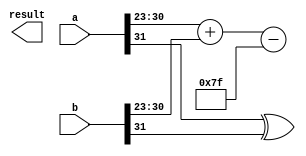
module fp_wallace_tree_multiplier (
    input [31:0] a, // First floating-point number
    input [31:0] b, // Second floating-point number
    output reg [31:0] result // Resulting floating-point number
);

    // Extract components from the floating-point numbers
    wire sign_a = a[31];
    wire sign_b = b[31];
    wire [7:0] exp_a = a[30:23];
    wire [7:0] exp_b = b[30:23];
    wire [22:0] frac_a = a[22:0];
    wire [22:0] frac_b = b[22:0];

    // Sign calculation
    wire sign_result = sign_a ^ sign_b;

    // Exponent calculation
    wire [8:0] exp_sum = {1'b0, exp_a} + {1'b0, exp_b} - 8'd127; // Subtract bias

    // Significand multiplication
    wire [47:0] significand_a = {1'b1, frac_a}; // Implicit leading 1
    wire [47:0] significand_b = {1'b1, frac_b}; // Implicit leading 1
    wire [47:0] partial_product [0:22]; // Partial products

    // Generate partial products
    genvar i;
    generate
        for (i = 0; i < 23; i = i + 1) begin : pp_gen
            assign partial_product[i] = significand_a & {48{significand_b[i]}};
        end
    endgenerate

    // Wallace tree reduction
    wire [47:0] sum_stage1 [0:11];
    wire [47:0] carry_stage1 [0:11];
    wire [47:0] sum_stage2 [0:5];
    wire [47:0] carry_stage2 [0:5];
    wire [47:0] final_sum;
    wire final_carry;

    // Stage 1: Group and reduce
    // Half adders and full adders can be implemented here
    // For simplicity, we will just show the first stage
    assign {carry_stage1[0], sum_stage1[0]} = partial_product[0] + partial_product[1];
    assign {carry_stage1[1], sum_stage1[1]} = partial_product[2] + partial_product[3];
    assign {carry_stage1[2], sum_stage1[2]} = partial_product[4] + partial_product[5];
    assign {carry_stage1[3], sum_stage1[3]} = partial_product[6] + partial_product[7];
    assign {carry_stage1[4], sum_stage1[4]} = partial_product[8] + partial_product[9];
    assign {carry_stage1[5], sum_stage1[5]} = partial_product[10] + partial_product[11];
    assign {carry_stage1[6], sum_stage1[6]} = partial_product[12] + partial_product[13];
    assign {carry_stage1[7], sum_stage1[7]} = partial_product[14] + partial_product[15];
    assign {carry_stage1[8], sum_stage1[8]} = partial_product[16] + partial_product[17];
    assign {carry_stage1[9], sum_stage1[9]} = partial_product[18] + partial_product[19];
    assign {carry_stage1[10], sum_stage1[10]} = partial_product[20] + partial_product[21];
    assign {carry_stage1[11], sum_stage1[11]} = partial_product[22];

    // Further stages of reduction would go here...

    // Final normalization and rounding would go here...

    // Output formation
    always @(*) begin
        // Assemble the final result
        // This is a placeholder; actual normalization and rounding logic needs to be implemented
        result = {sign_result, exp_sum[7:0], final_sum[22:0]};
    end

endmodule